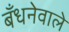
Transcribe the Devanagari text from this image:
बँधनेवाले